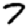
Digit: 7